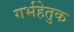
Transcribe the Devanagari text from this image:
गर्भहेतुक